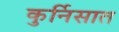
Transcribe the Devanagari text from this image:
कुर्निसात